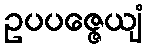
ဥပပဇ္ဇေယျံ